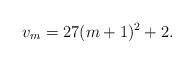
LaTeX: \begin{align*}v_m=27(m+1)^2+2.\end{align*}